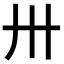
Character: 卅